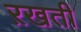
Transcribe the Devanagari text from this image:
ऱखती